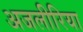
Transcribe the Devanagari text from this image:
अजलीरिया